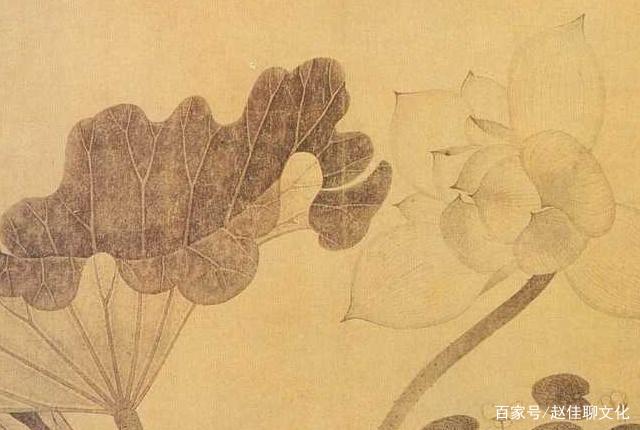
万物同宇而异体，无宜而有用为人，数也。